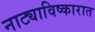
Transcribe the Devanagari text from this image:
नाट्याविष्कारात